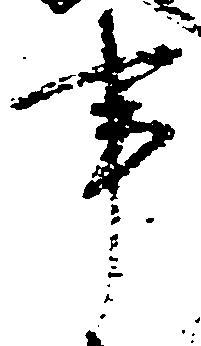
事